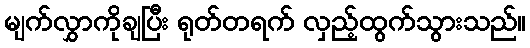
မျက်လွှာကိုချပြီး ရုတ်တရက် လှည့်ထွက်သွားသည်။